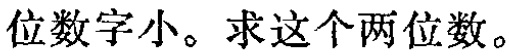
位数字小。求这个两位数。